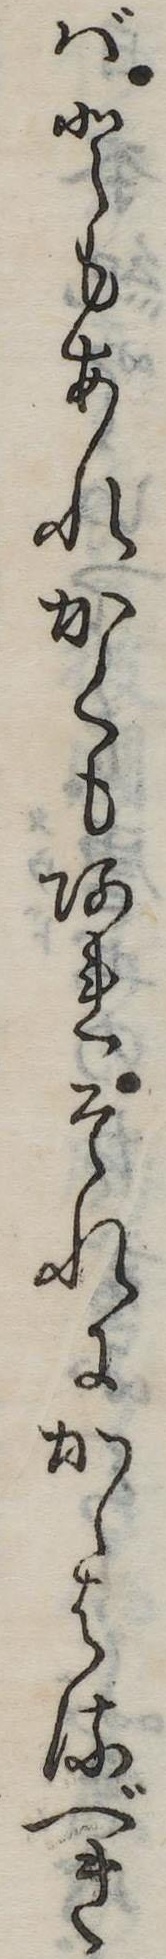
ばともあれかくもあれそれにかゝはるべき